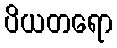
ပိယတရော